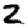
Digit: 2